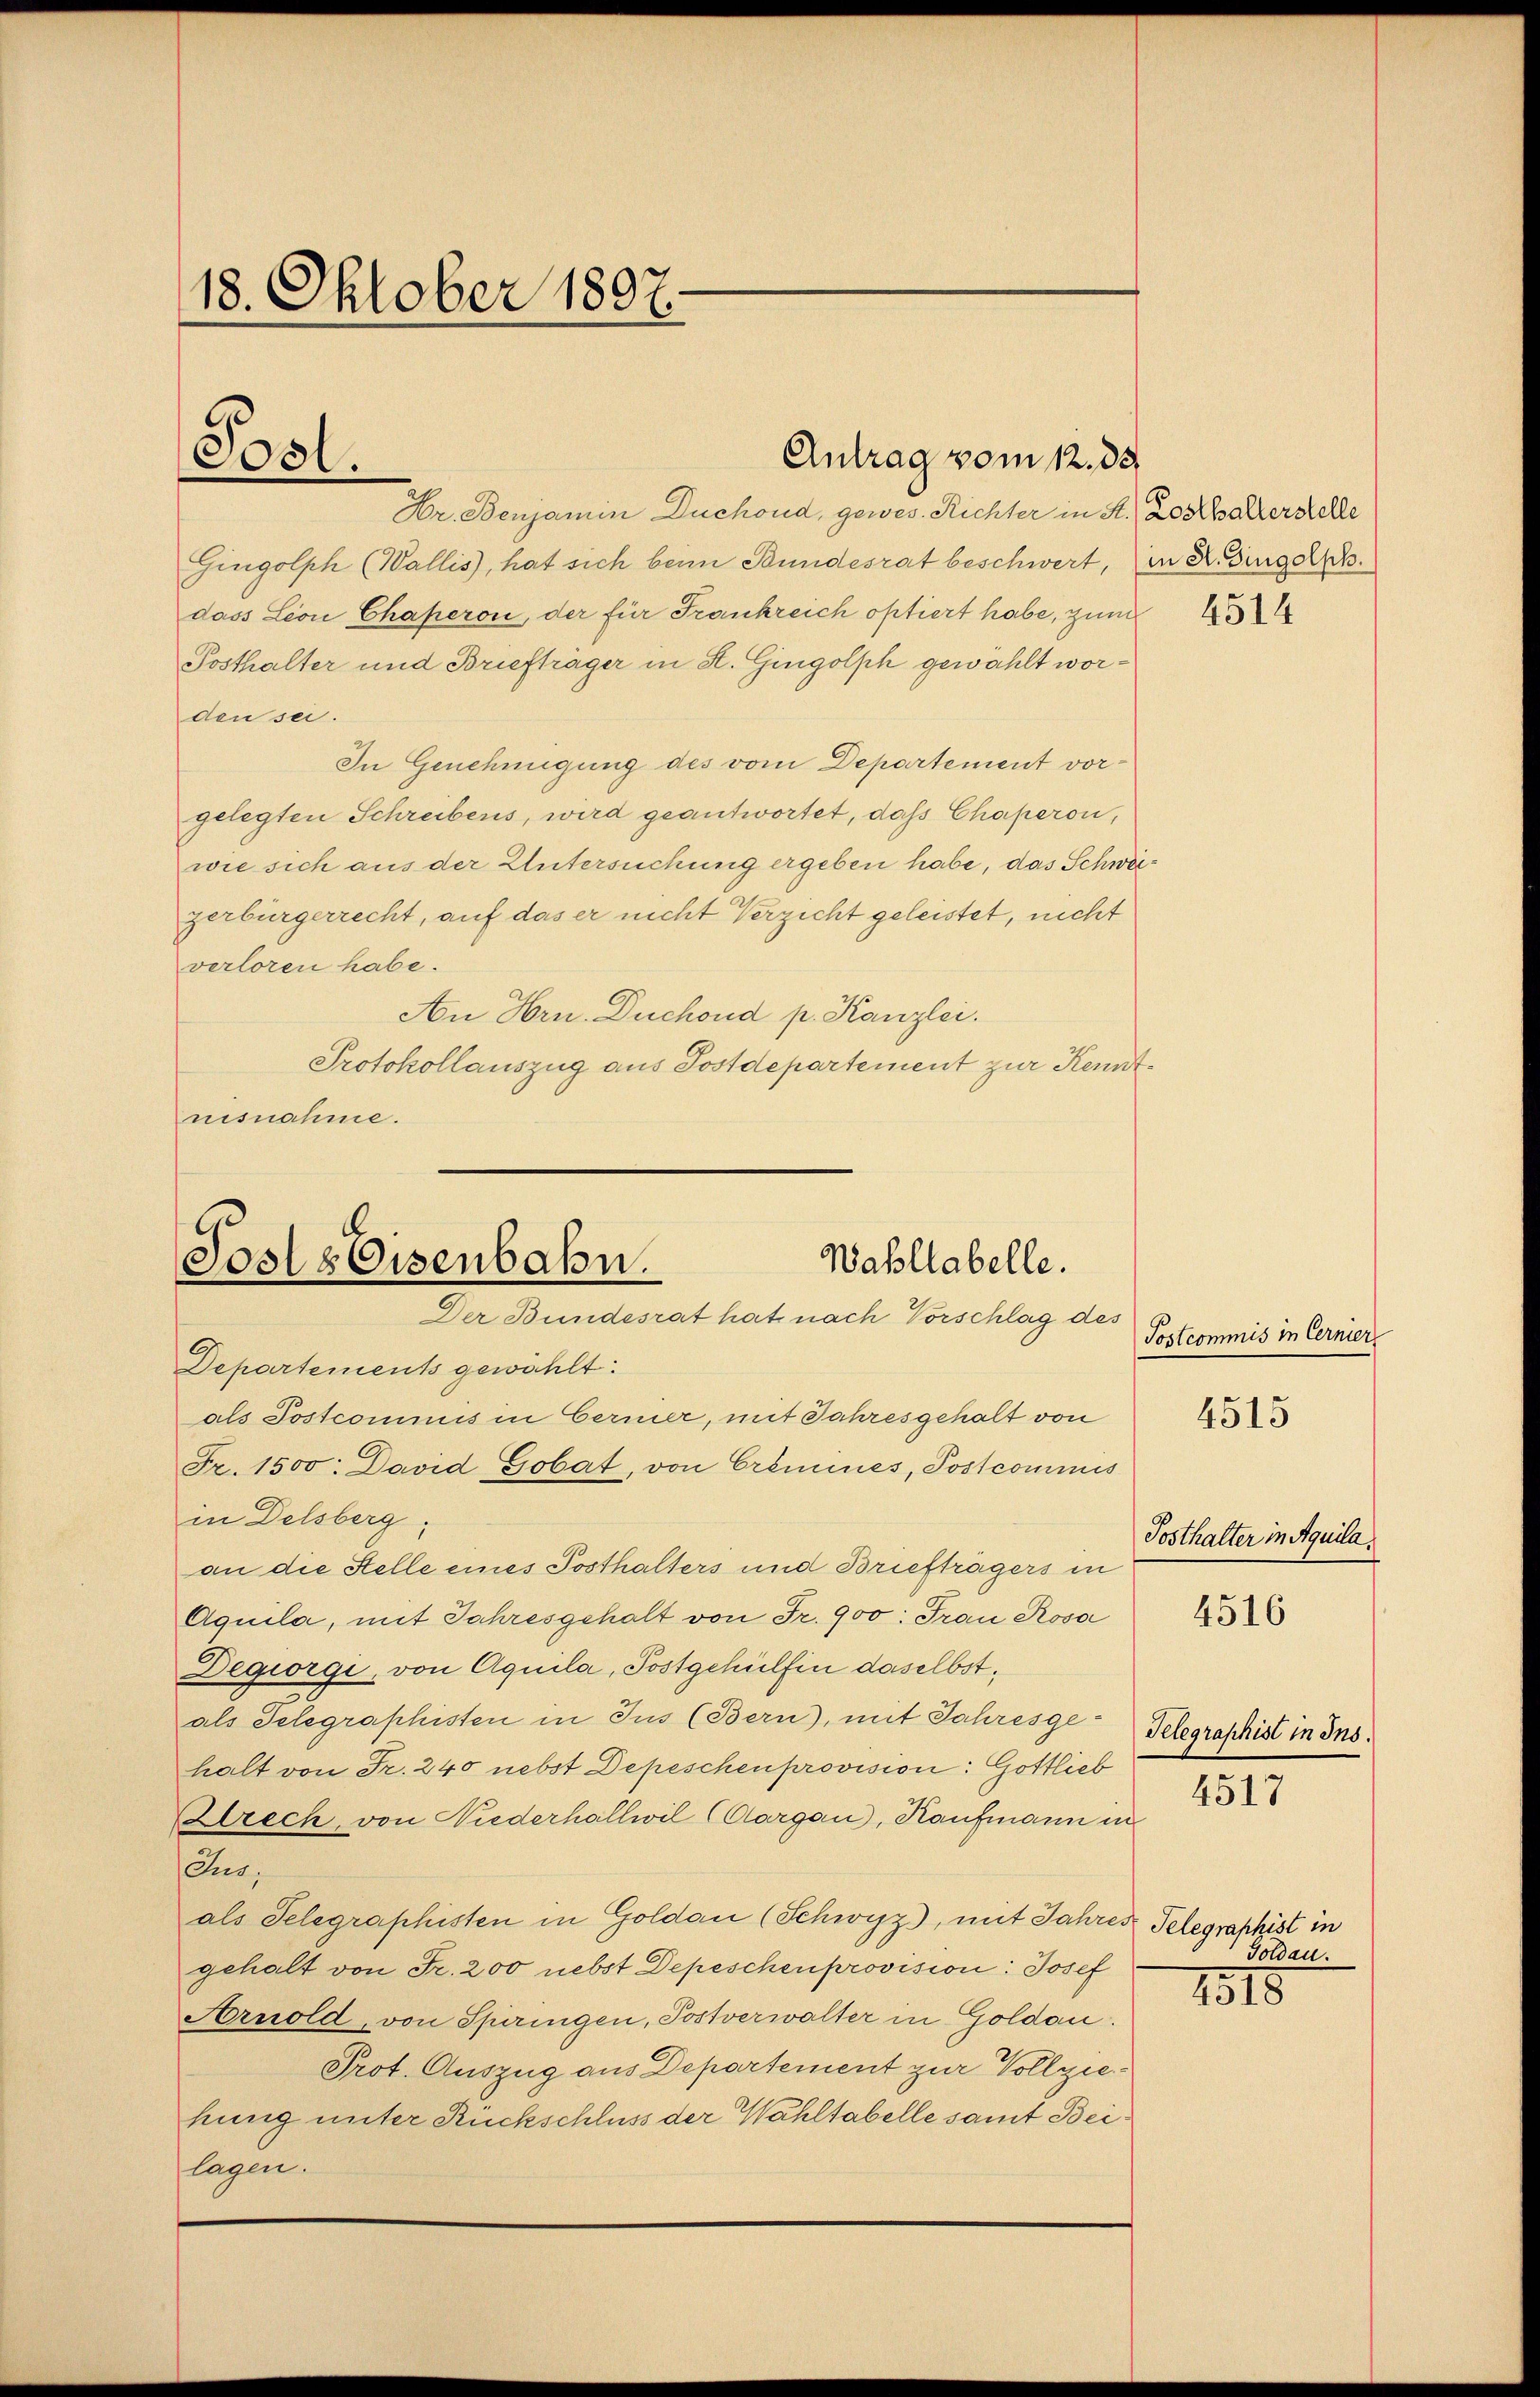
18. Oktober 1897.

Post.

Antrag vom 12. 33.

Hr. Benjamin Duchoud, gewes. Richter in St. Losthalterstelle
Gingolph (Wallis, hat sich beim Bundesrat beschwert, in K. Dingelh
dass Leon Chaperon, der für Frankreich optiert habe, zum
Posthalter und Briefträger in K. Gingolph gewählt worden sei.
In Genehmigung des vom Departement vorgelegten Schreibens, wird geantwortet, daß Chaperon,
wie sich aus der Untersuchung ergeben habe, das Schweigerbürgerrecht, auf das er nicht Verzicht geleistet, nicht
verloren habe.
An Hrn. Duchoud p. Kanzlei.
Protokollauszug aus Postdepartement zur Kenntnisnahme.

Wahllabelle.
Sools Eisenbahn.
Der Bundesrat hat nach Vorschlag des
Departements gewählt:

als Postcommis in Eerner, mit Jahresgehalt von
Fr. 1500: David Gobat, von Crimines, Postcommis
in Delsberg;
an die Stelle eines Posthalters und Briefträgers in
Aquila, mit Jahresgehalt von Fr. 900: Frau Rosa
Degiorgi, von Aquila, Postgehülfen daselbst,
als Telegraphisten in Jus (Bern, mit Jahresgehalt von Fr. 240 nebst Depeschen provision: Gottlieb
Zlrech, von Niederhallwil (Aargau, Kaufmann in
Jus;
als Telegraphisten in Goldau (Schwyz), mit Jahres Telegraphist in
gehalt von Fr. 200 nebst Depeschen provision: Josef
Arnold, von Spiringen, Postverwalter in Goldau.
Prot. Auszug aus Departement zur Vollziehung unter Rückschluss der Wahltabelle samt Beilagen.

4514

Postcommis in Cernier

4515

Tosthalter in Aquila

4516

Telegraphist in Ins

4517

Toldau.

1815